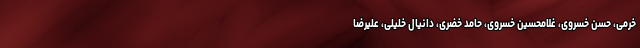
خرمی، حسن خسروی، غلامحسین خسروی، حامد خضری، دانیال خلیلی، علیرضا